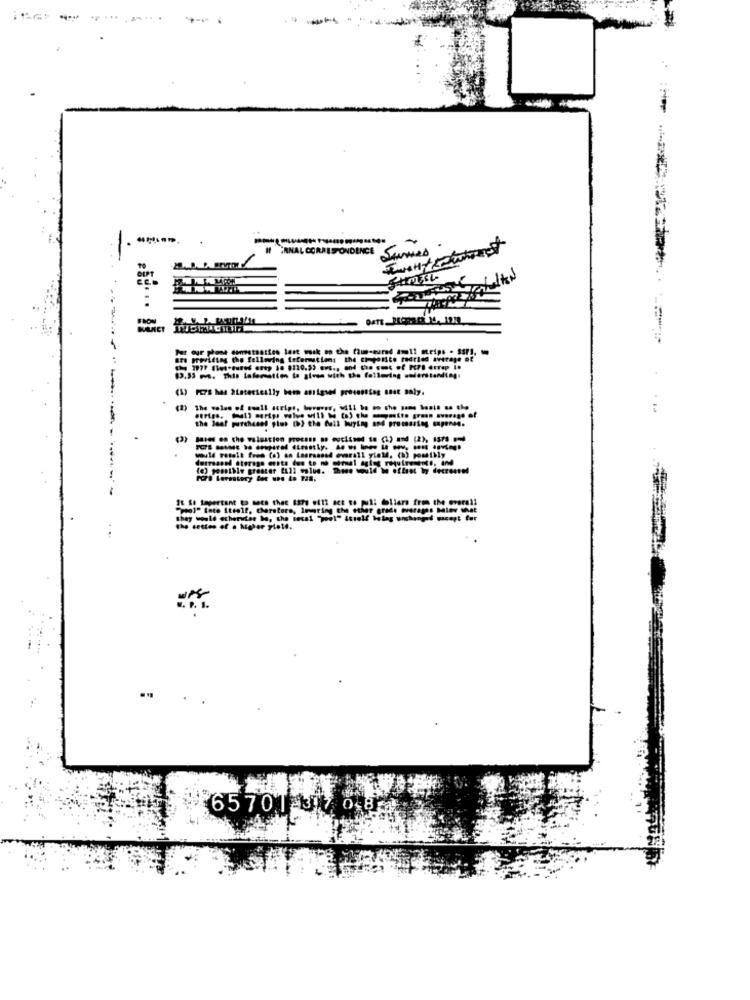
1 ..... 00
-
Stumes
I IRNAL CORRESPONDENCE Samuel
JAN
(1) PC7S has 2Latestcally been assigned presenting onse naly.
Buses en cho valuation process oo oucissnd to (1) and (2), 157
------ --------
would retolt fees (o) an Losrsanad overall yield. (1) pomstily
(e) geenthis greater full value. Roce would be offset byy decrossed
"pool" Inte Itialf, Cherstore, Imaring the other grade averages Miev
they would echervier ha, the tesal "pool" itself hlas wochen- --
the cettes of . higher yield.
65701 317 0-8